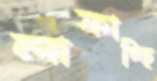
লাফাচ্ছি